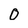
Character: 0